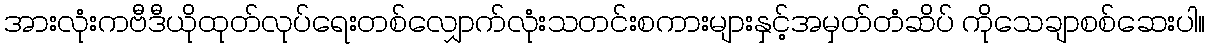
အားလုံးကဗီဒီယိုထုတ်လုပ်ရေးတစ်လျှောက်လုံးသတင်းစကားများနှင့်အမှတ်တံဆိပ် ကိုသေချာစစ်ဆေးပါ။